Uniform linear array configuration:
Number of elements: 16
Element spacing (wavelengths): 1
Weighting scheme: hamming
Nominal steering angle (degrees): -30
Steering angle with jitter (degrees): -28.593
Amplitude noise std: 0.05
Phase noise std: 0.05

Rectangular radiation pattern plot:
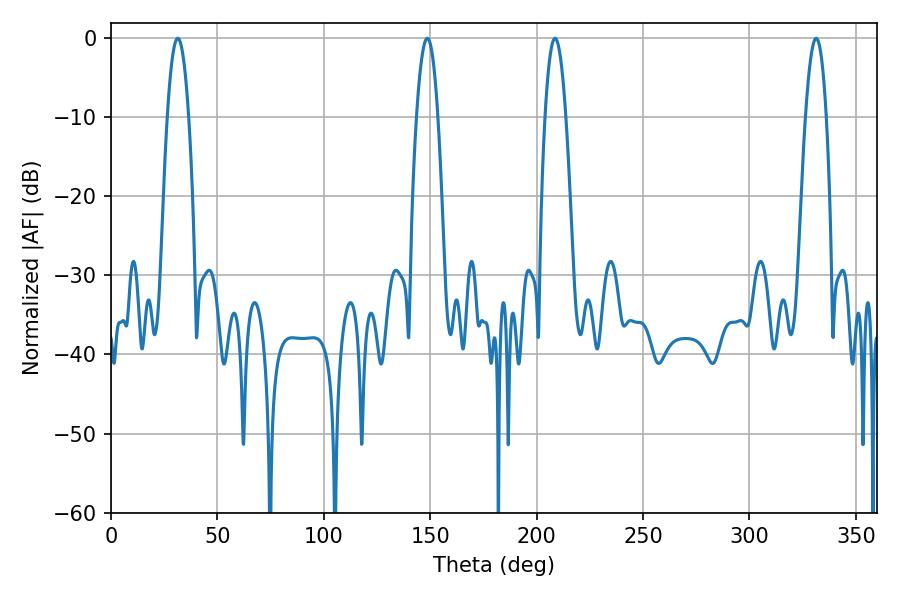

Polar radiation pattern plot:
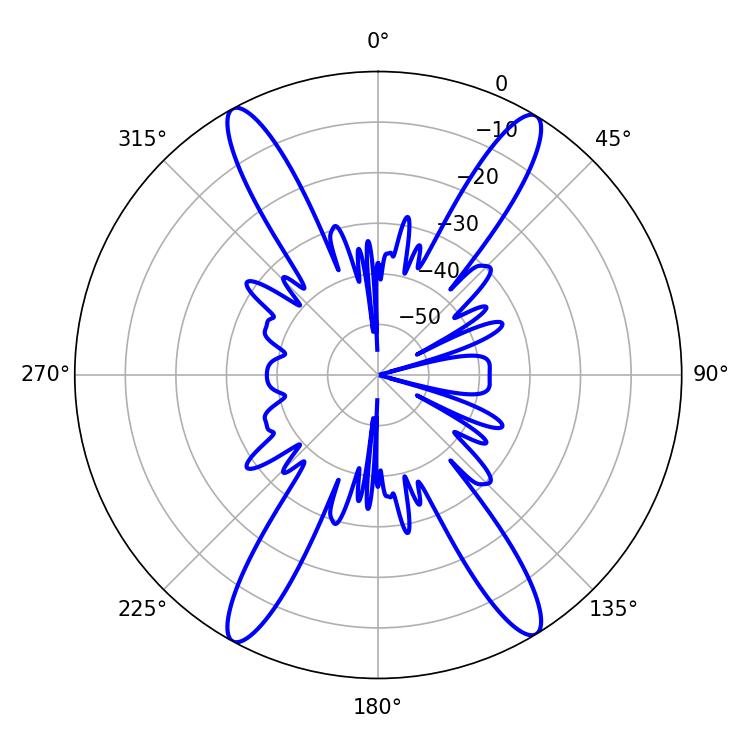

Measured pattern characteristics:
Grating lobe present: TRUE
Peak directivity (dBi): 22.635
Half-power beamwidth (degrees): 5.22
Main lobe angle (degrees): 208.62